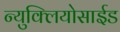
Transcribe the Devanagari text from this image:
न्युक्लियोसाईड